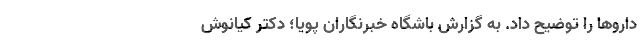
داروها را توضیح داد. به گزارش باشگاه خبرنگاران پویا؛ دکتر کیانوش